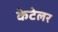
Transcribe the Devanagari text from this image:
केटेलर